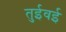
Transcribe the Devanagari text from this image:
तुईवई